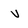
Character: v